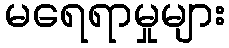
မရေရာမှုများ